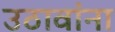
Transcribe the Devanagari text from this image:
उठावांना